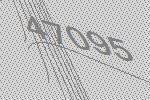
47095